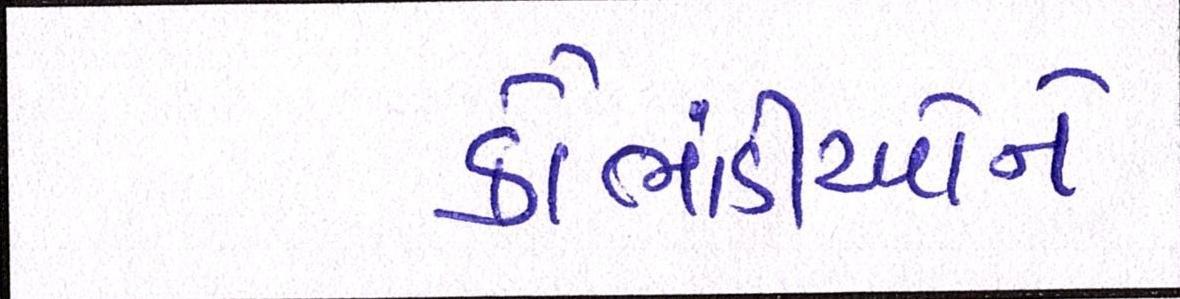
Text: કૌભાંડીઓને